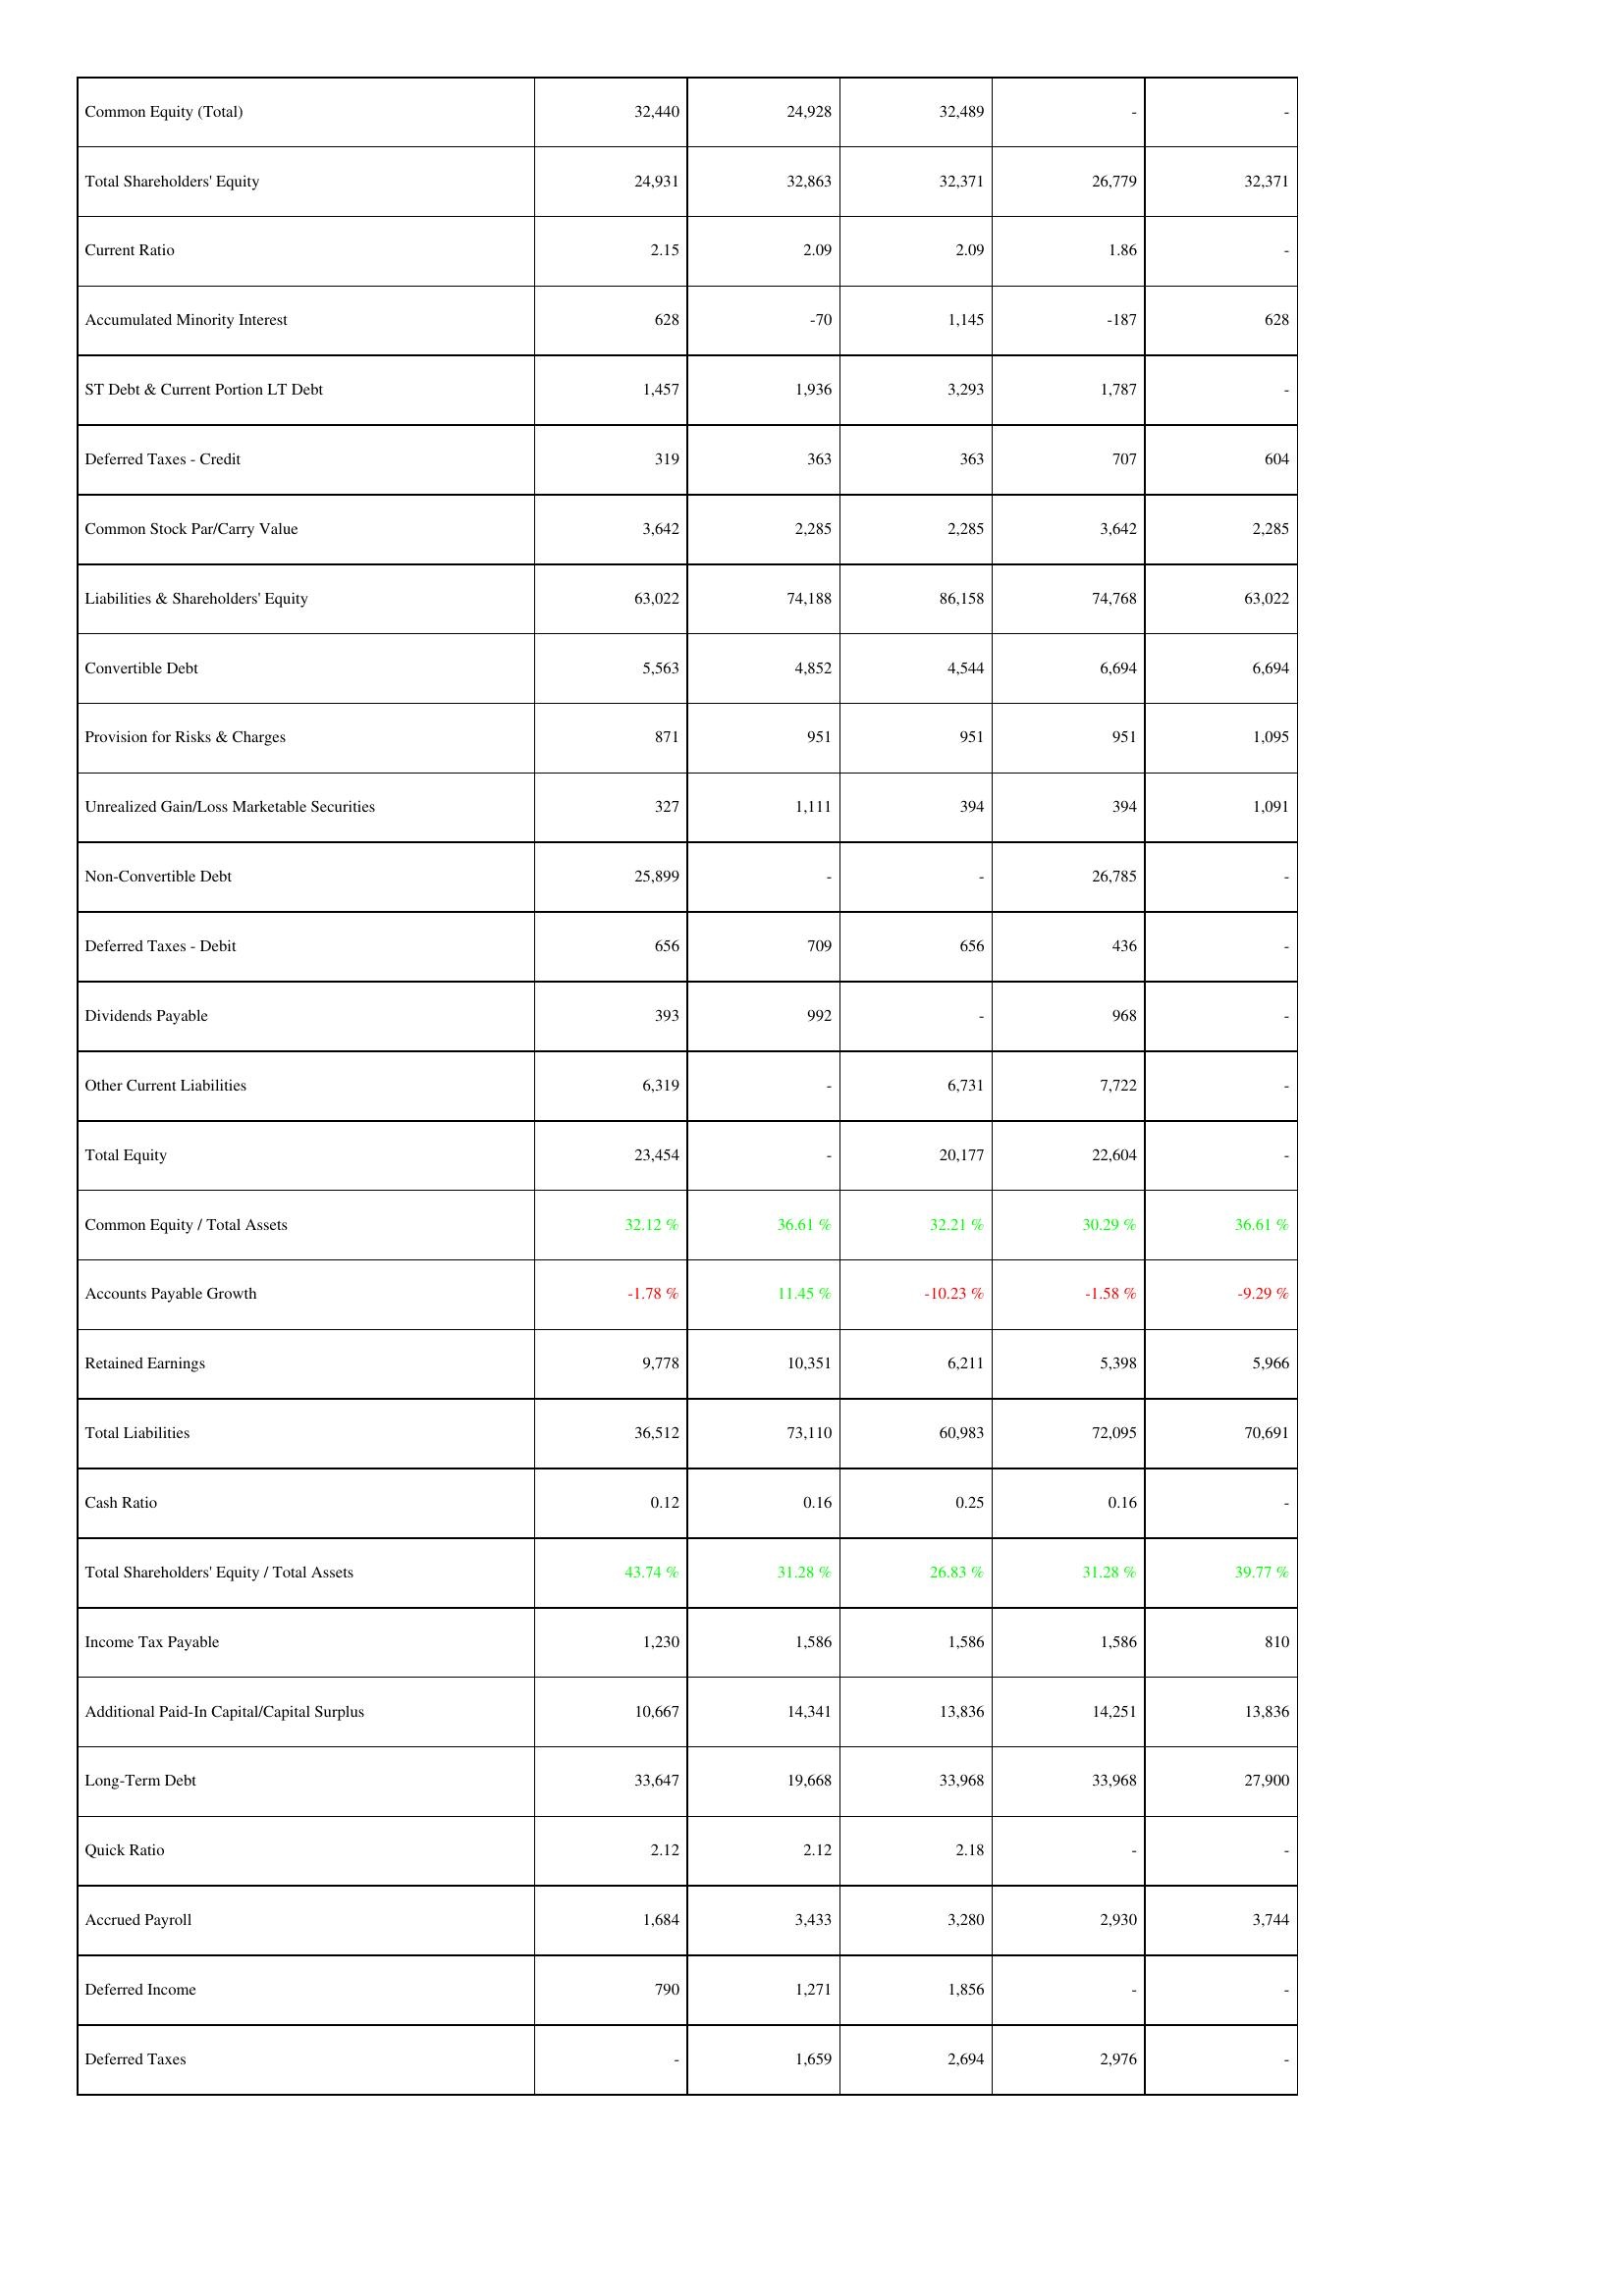
2009: Liabilities & Shareholders' Equity: Common Equity (Total): 32,440
Total Shareholders' Equity: 24,931
Current Ratio: 2.15
Accumulated Minority Interest: 628
ST Debt & Current Portion LT Debt: 1,457
Deferred Taxes - Credit: 319
Common Stock Par/Carry Value: 3,642
Liabilities & Shareholders' Equity: 63,022
Convertible Debt: 5,563
Provision for Risks & Charges: 871
Unrealized Gain/Loss Marketable Securities: 327
Non-Convertible Debt: 25,899
Deferred Taxes - Debit: 656
Dividends Payable: 393
Other Current Liabilities: 6,319
Total Equity: 23,454
Common Equity / Total Assets: 32.12 %
Accounts Payable Growth: -1.78 %
Retained Earnings: 9,778
Total Liabilities: 36,512
Cash Ratio: 0.12
Total Shareholders' Equity / Total Assets: 43.74 %
Income Tax Payable: 1,230
Additional Paid-In Capital/Capital Surplus: 10,667
Long-Term Debt: 33,647
Quick Ratio: 2.12
Accrued Payroll: 1,684
Deferred Income: 790
Deferred Taxes: -
2010: Liabilities & Shareholders' Equity: Common Equity (Total): 24,928
Total Shareholders' Equity: 32,863
Current Ratio: 2.09
Accumulated Minority Interest: -70
ST Debt & Current Portion LT Debt: 1,936
Deferred Taxes - Credit: 363
Common Stock Par/Carry Value: 2,285
Liabilities & Shareholders' Equity: 74,188
Convertible Debt: 4,852
Provision for Risks & Charges: 951
Unrealized Gain/Loss Marketable Securities: 1,111
Non-Convertible Debt: -
Deferred Taxes - Debit: 709
Dividends Payable: 992
Other Current Liabilities: -
Total Equity: -
Common Equity / Total Assets: 36.61 %
Accounts Payable Growth: 11.45 %
Retained Earnings: 10,351
Total Liabilities: 73,110
Cash Ratio: 0.16
Total Shareholders' Equity / Total Assets: 31.28 %
Income Tax Payable: 1,586
Additional Paid-In Capital/Capital Surplus: 14,341
Long-Term Debt: 19,668
Quick Ratio: 2.12
Accrued Payroll: 3,433
Deferred Income: 1,271
Deferred Taxes: 1,659
2011: Liabilities & Shareholders' Equity: Common Equity (Total): 32,489
Total Shareholders' Equity: 32,371
Current Ratio: 2.09
Accumulated Minority Interest: 1,145
ST Debt & Current Portion LT Debt: 3,293
Deferred Taxes - Credit: 363
Common Stock Par/Carry Value: 2,285
Liabilities & Shareholders' Equity: 86,158
Convertible Debt: 4,544
Provision for Risks & Charges: 951
Unrealized Gain/Loss Marketable Securities: 394
Non-Convertible Debt: -
Deferred Taxes - Debit: 656
Dividends Payable: -
Other Current Liabilities: 6,731
Total Equity: 20,177
Common Equity / Total Assets: 32.21 %
Accounts Payable Growth: -10.23 %
Retained Earnings: 6,211
Total Liabilities: 60,983
Cash Ratio: 0.25
Total Shareholders' Equity / Total Assets: 26.83 %
Income Tax Payable: 1,586
Additional Paid-In Capital/Capital Surplus: 13,836
Long-Term Debt: 33,968
Quick Ratio: 2.18
Accrued Payroll: 3,280
Deferred Income: 1,856
Deferred Taxes: 2,694
2012: Liabilities & Shareholders' Equity: Common Equity (Total): -
Total Shareholders' Equity: 26,779
Current Ratio: 1.86
Accumulated Minority Interest: -187
ST Debt & Current Portion LT Debt: 1,787
Deferred Taxes - Credit: 707
Common Stock Par/Carry Value: 3,642
Liabilities & Shareholders' Equity: 74,768
Convertible Debt: 6,694
Provision for Risks & Charges: 951
Unrealized Gain/Loss Marketable Securities: 394
Non-Convertible Debt: 26,785
Deferred Taxes - Debit: 436
Dividends Payable: 968
Other Current Liabilities: 7,722
Total Equity: 22,604
Common Equity / Total Assets: 30.29 %
Accounts Payable Growth: -1.58 %
Retained Earnings: 5,398
Total Liabilities: 72,095
Cash Ratio: 0.16
Total Shareholders' Equity / Total Assets: 31.28 %
Income Tax Payable: 1,586
Additional Paid-In Capital/Capital Surplus: 14,251
Long-Term Debt: 33,968
Quick Ratio: -
Accrued Payroll: 2,930
Deferred Income: -
Deferred Taxes: 2,976
2013: Liabilities & Shareholders' Equity: Common Equity (Total): -
Total Shareholders' Equity: 32,371
Current Ratio: -
Accumulated Minority Interest: 628
ST Debt & Current Portion LT Debt: -
Deferred Taxes - Credit: 604
Common Stock Par/Carry Value: 2,285
Liabilities & Shareholders' Equity: 63,022
Convertible Debt: 6,694
Provision for Risks & Charges: 1,095
Unrealized Gain/Loss Marketable Securities: 1,091
Non-Convertible Debt: -
Deferred Taxes - Debit: -
Dividends Payable: -
Other Current Liabilities: -
Total Equity: -
Common Equity / Total Assets: 36.61 %
Accounts Payable Growth: -9.29 %
Retained Earnings: 5,966
Total Liabilities: 70,691
Cash Ratio: -
Total Shareholders' Equity / Total Assets: 39.77 %
Income Tax Payable: 810
Additional Paid-In Capital/Capital Surplus: 13,836
Long-Term Debt: 27,900
Quick Ratio: -
Accrued Payroll: 3,744
Deferred Income: -
Deferred Taxes: -